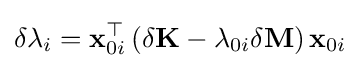
\delta \lambda _{i}=\mathbf {x} _{0i}^{\top }\left(\delta \mathbf {K} -\lambda _{0i}\delta \mathbf {M} \right)\mathbf {x} _{0i}